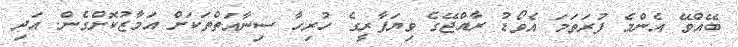
ބޭއްވޭ އެންމެ ފުރަތަމަ އެވޯޑު ރާއްޖޭގެ ވިޔަފާރީގެ ހުރިހާ ސިނާއަތްތަކަށް އަމާޒުކޮށްގެން. އަދި